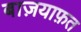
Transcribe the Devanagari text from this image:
बाज़याफ़त